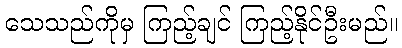
သေသည်ကိုမှ ကြည့်ချင် ကြည့်နိုင်ဦးမည်။